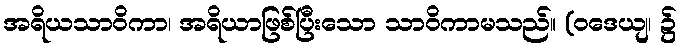
အရိယသာဝိကာ၊ အရိယာဖြစ်ပြီးသော သာဝိကာမသည်။ (ဝဒေယျ၊ ၌